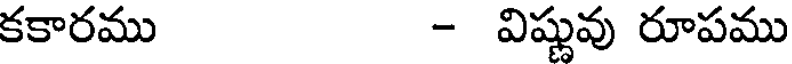
కకారము - విష్ణువు రూపము